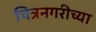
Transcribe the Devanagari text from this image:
चित्रनगरीच्या